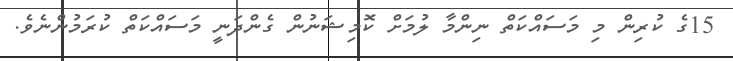
15ގެ ކުރިން މި މަސައްކަތް ނިންމާ ލުމަށް ކޮމިޝަނުން ގެންދަނީ މަސައްކަތް ކުރަމުންނެވެ.